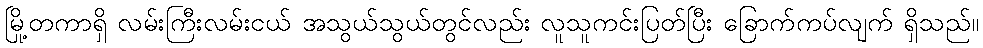
မြို့တကာရှိ လမ်းကြီးလမ်းငယ် အသွယ်သွယ်တွင်လည်း လူသူကင်းပြတ်ပြီး ခြောက်ကပ်လျက် ရှိသည်။